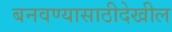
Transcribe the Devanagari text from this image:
बनवण्यासाठीदेखील